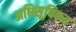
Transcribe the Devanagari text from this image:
अधिसूचिकत